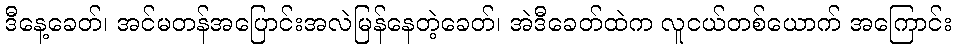
ဒီနေ့ခေတ်၊ အင်မတန်အပြောင်းအလဲမြန်နေတဲ့ခေတ်၊ အဲဒီခေတ်ထဲက လူငယ်တစ်ယောက် အကြောင်း